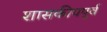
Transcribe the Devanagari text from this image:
शासकीयपूर्व